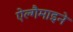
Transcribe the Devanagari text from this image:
ऐल्गैमाइने